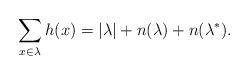
LaTeX: \begin{align*}\sum_{x\in\lambda}h(x)=|\lambda|+n(\lambda)+n(\lambda^{\ast}).\end{align*}